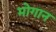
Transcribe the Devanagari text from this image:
मोगान